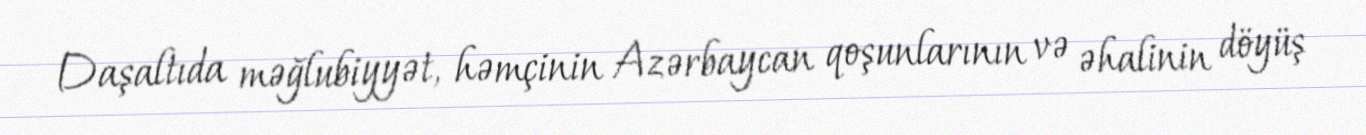
Daşaltıda məğlubiyyət, həmçinin Azərbaycan qoşunlarının və əhalinin döyüş